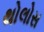
થોલોસ